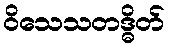
ဝိသေသတဒ္ဓိတ်